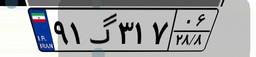
۹۱گ۳۱۷۰۶